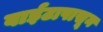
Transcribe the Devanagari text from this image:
वाईटापासून